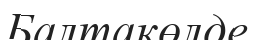
Балтакөлде